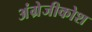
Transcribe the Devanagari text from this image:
अंग्रेजीकोश